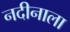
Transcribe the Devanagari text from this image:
नदीनाला